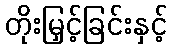
တိုးမြှင့်ခြင်းနှင့်